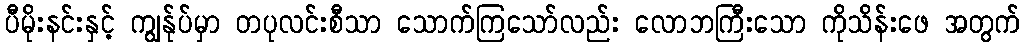
ပီမိုးနင်းနှင့် ကျွန်ုပ်မှာ တပုလင်းစီသာ သောက်ကြသော်လည်း လောဘကြီးသော ကိုသိန်းဖေ အတွက်